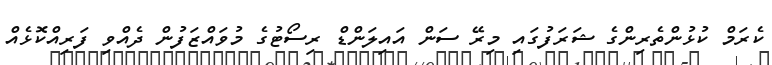
ކެރަމް ކުޅުންތެރިންގެ ޝަރަފުގައި މިރޭ ސަން އައިލަންޑް ރިސޯޓުގެ މުވައްޒަފުން ދެއްވި ފަރިއްކޮޅެއް